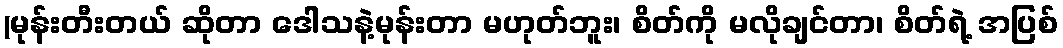
(မုန်းတီးတယ် ဆိုတာ ဒေါသနဲ့မုန်းတာ မဟုတ်ဘူး၊ စိတ်ကို မလိုချင်တာ၊ စိတ်ရဲ့ အပြစ်